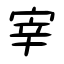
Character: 宰